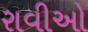
રાવીઓ